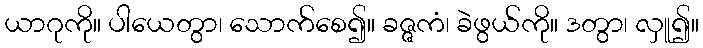
ယာဂုကို။ ပါယေတွာ၊ သောက်စေ၍။ ခဇ္ဇကံ၊ ခဲဖွယ်ကို။ ဒတွာ၊ လှူ၍။